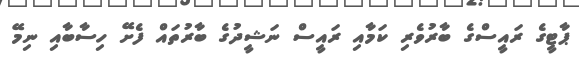
ޕާޓީގެ ރައީސްގެ ބާރުވެރި ކަމާއި ރައީސް ނަޝީދުގެ ބާރުތައް ފެށޭ ހިސާބާއި ނިމޭ